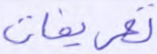
تعريفات